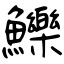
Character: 鱳